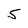
Character: 5